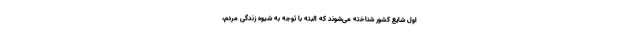
اول شایع کشور شناخته می‌شوند که البته با توجه به شیوه زندگی مردم،